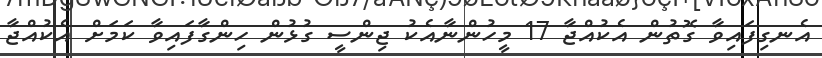
އެނގިފައިވާ ގޮތުން އެކުއްޖާ 17 މީހުންނާއެކު ޖިންސީ ގުޅުން ހިންގާފައިވާ ކަމަށް އެކުއްޖާ